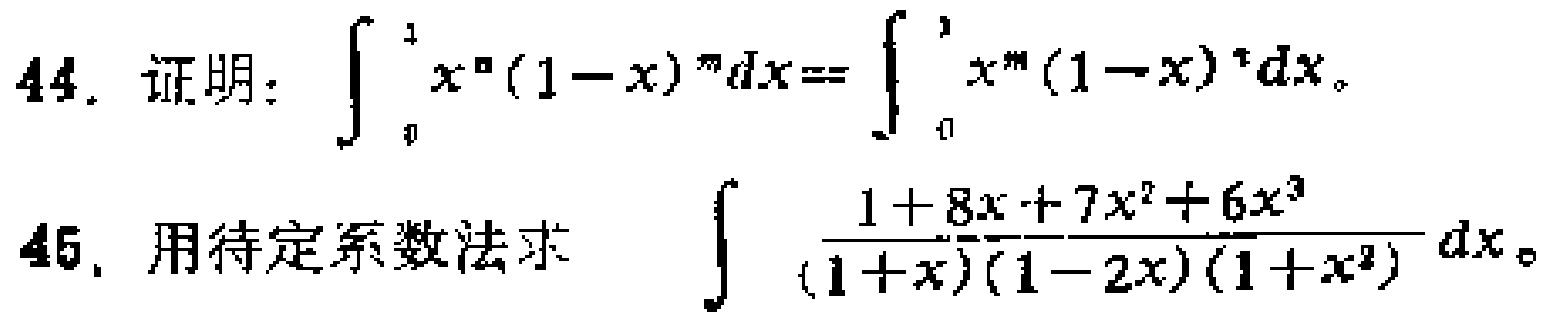
44. 证明：\(\int_{0}^{1} x^{n}(1 - x)^{m}dx = \int_{0}^{1} x^{m}(1 - x)^{n}dx\)。
46. 用待定系数法求 \(\int \frac{1 + 8x + 7x^{2}+6x^{3}}{(1 + x)(1 - 2x)(1 + x^{2})}dx\)。